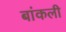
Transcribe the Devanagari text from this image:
बांकली